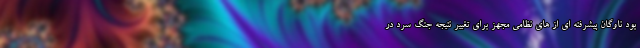
بود ناوگان پیشرفته ای از های نظامی مجهز برای تغییر نتیجه جنگ سرد در